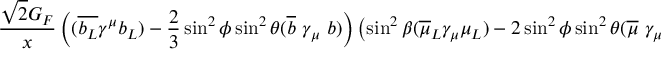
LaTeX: \frac { \sqrt { 2 } G _ { F } } { x } \left( ( \overline { { { b _ { L } } } } \gamma ^ { \mu } b _ { L } ) - \frac { 2 } { 3 } \sin ^ { 2 } \phi \sin ^ { 2 } \theta ( \overline { { { b } } } \ \gamma _ { \mu } \ b ) \right) \left( \sin ^ { 2 } \beta ( \overline { { { \mu } } } _ { L } \gamma _ { \mu } \mu _ { L } ) - 2 \sin ^ { 2 } \phi \sin ^ { 2 } \theta ( \overline { { { \mu } } } \ \gamma _ { \mu } \ \mu ) \right) .